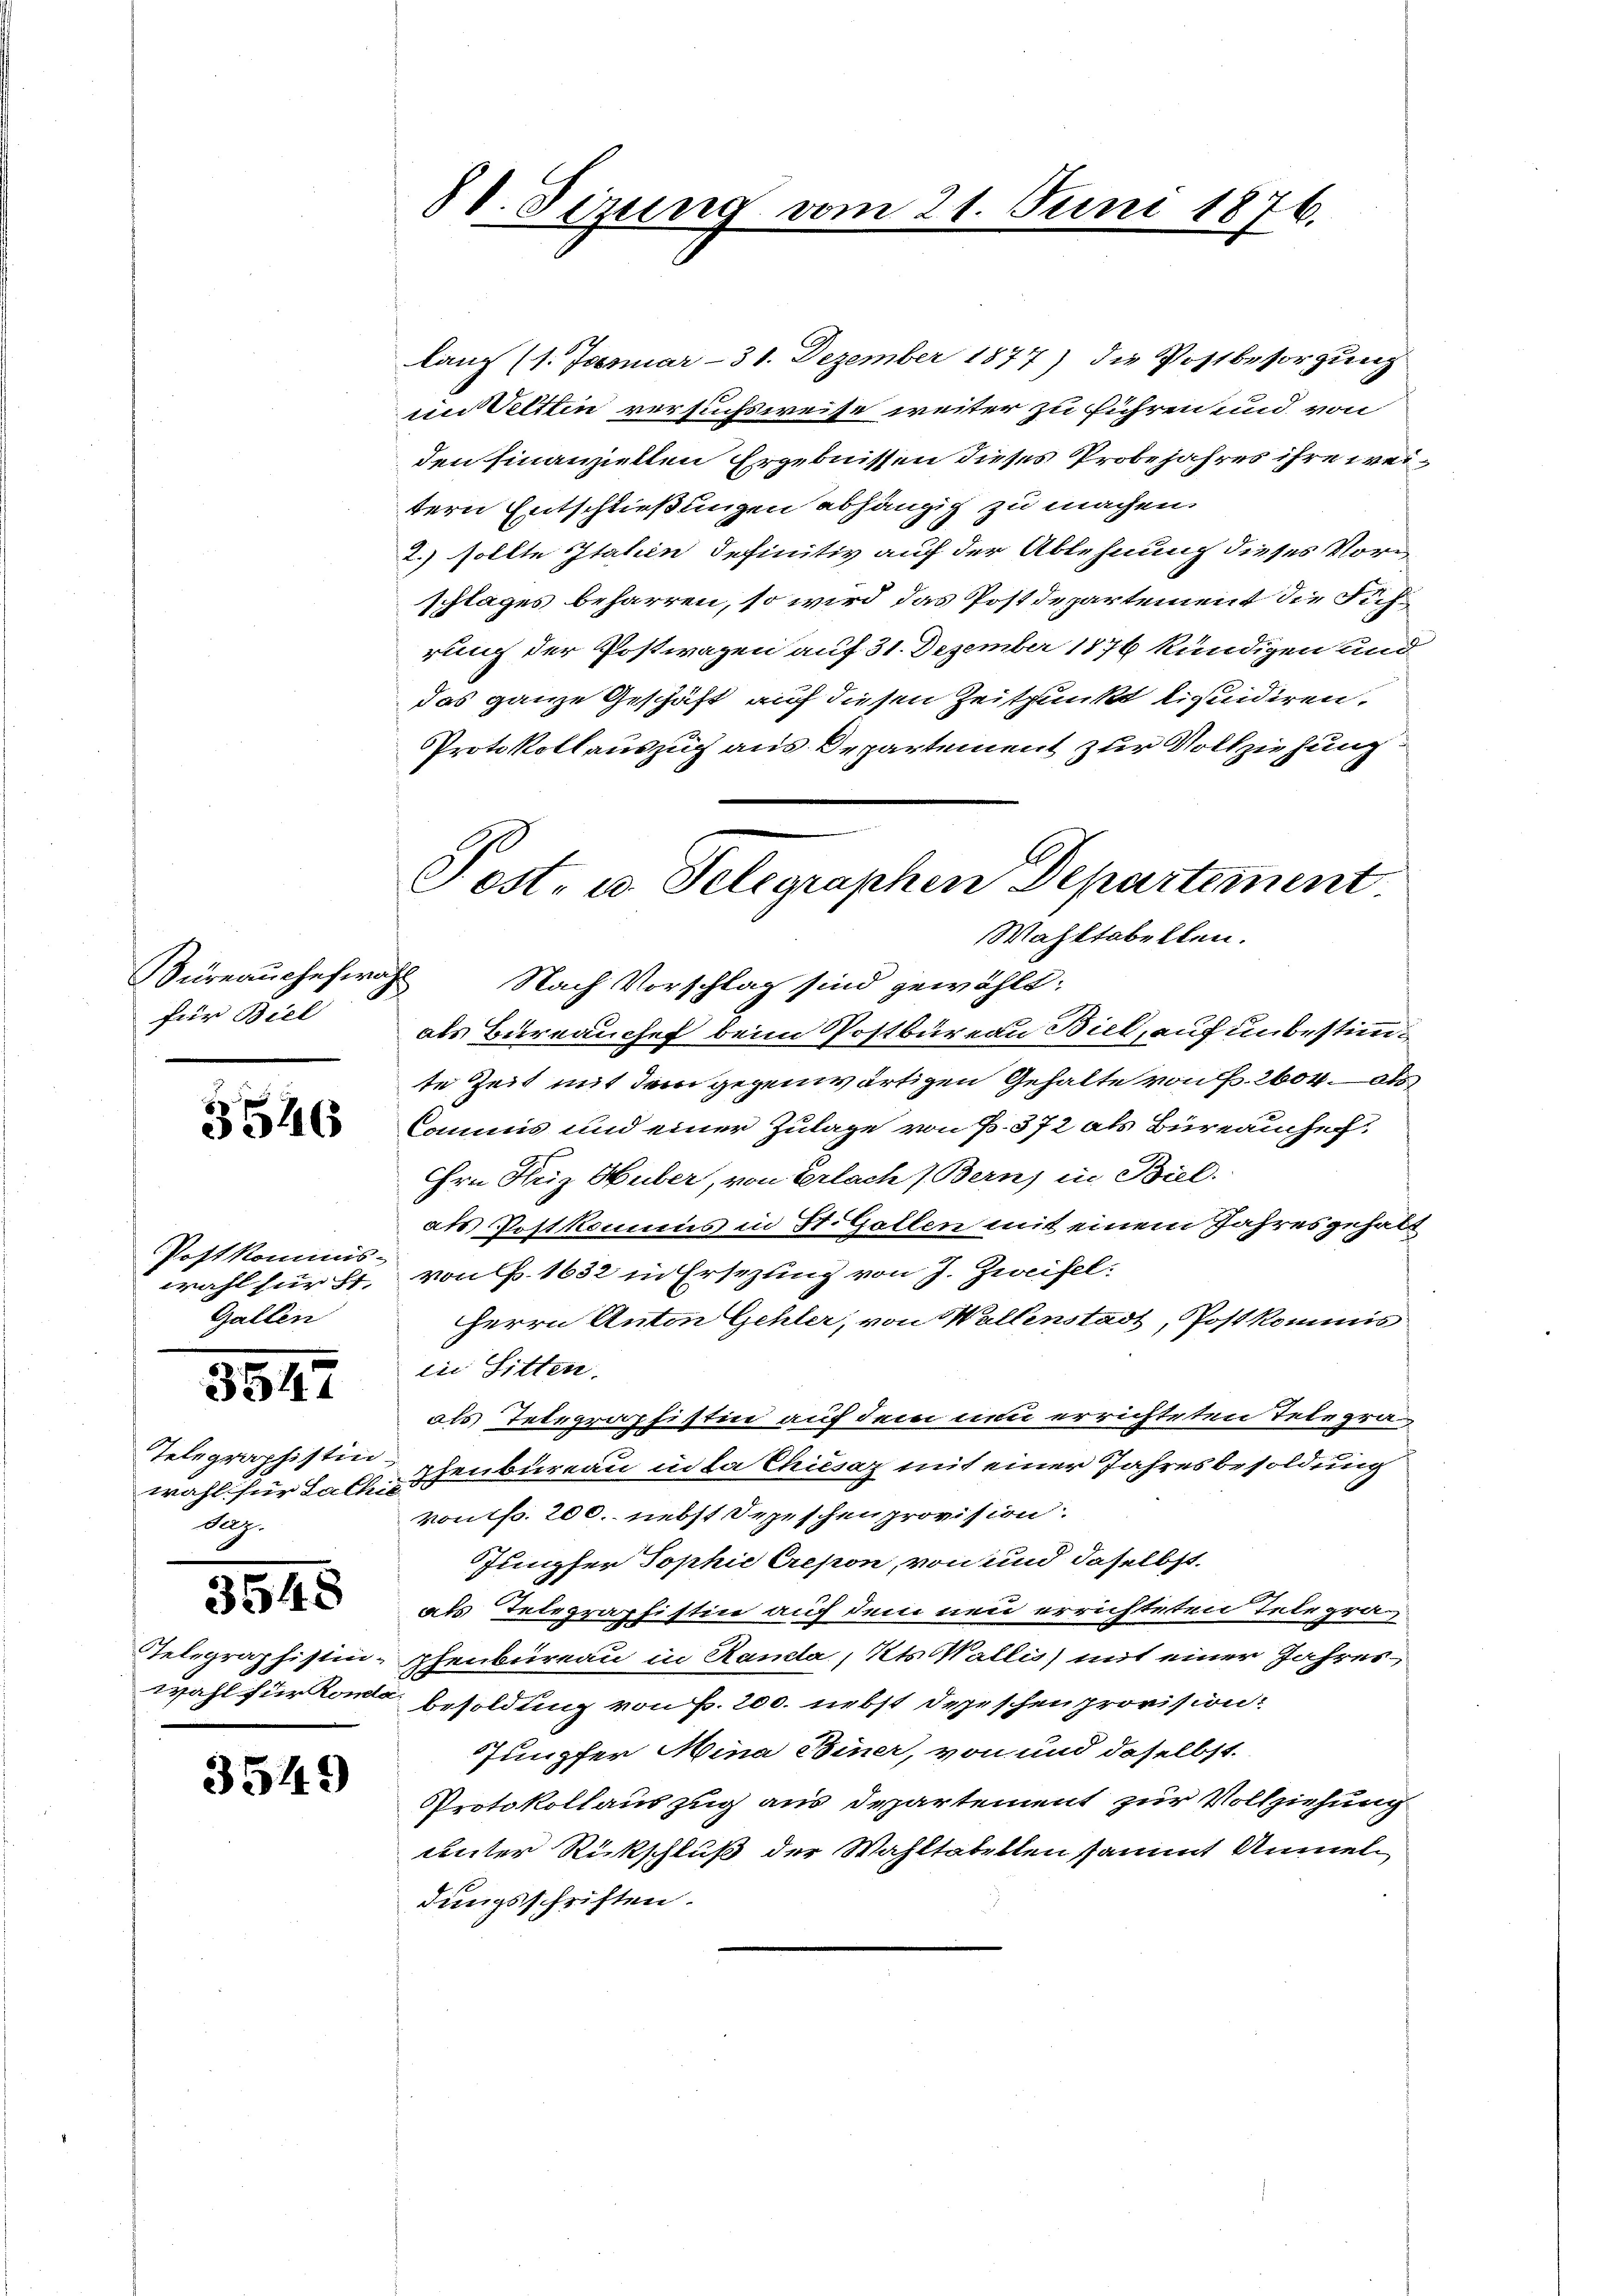
Süreau chefwahl
für Biel

3546

Postkommis-
Gallen

3547

laŭf (1. Januar - 31. Dezember 1877) die Postbesorgŭng
in Veltlin versuchsweise weiter zu führen und von
den hinanziellen Ergebnissen dieses Probejahres ihre weitern Entschließungen abhängig zu machen.
2.) sollte Itahin definitiv auf der Ablehnung dieses Vorschlages beharren, so wird das Postdepartement die Führung der Postwagen auf 31. Dezember 1876 kündigen und
das ganze Geschäft auf diesen Zeitpunkt liquidiren.
Protokollauszug aus Departement zur Vollziehung
Wahltabellen.
Nach Vorschlag sind gewählt:
als Büreauchef beim Postbüreau Biel, auf unbestimmte Zeit mit dem gegenwärtigen Gehalte von Fr. 2604. als
Commis und einer Zulage von P. 372 als Büreauche
Hrn. Friz Huber, von Erlach (Bern, in Biel.
als Postkomms in St. Gallen mit einem Jahresgehalt
wahl fürst, von P. 1632 in Ersezung von J. Zweifel.
Herrn Anton Gehler, von Wallenstadt, Post kommis
in Sitten.
als Telegraphistin auf dem nun errichteten Telegrawahl für Last hinbüreau in da Chiesaz mit einer Jahresbesoldung
von fr. 200. nebst Depeschen provision
Jungfer Tophie Crepon, von und daselbst
als Telegraphistin auf dem neu errichteten Telegra¬
Telegraphistin-henbüreau in Randa, Kts. Wallis) mit einer Jahres
wahl für kon besoldung von f. 200. nebst Depeschen provision:
Junpfer Mina einer, von und daselbst.
Protokollauszug aus Departement zur Vollziehung
unter Rückschluß der Wahltabellen sammt Anmeldungsschriften.

Telegraphistin
Aug.

3545

3549

Post- u. Telegraphen Departement

88. Sizung vom 21. Juni 1876.